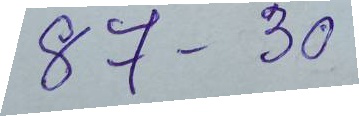
87 - 30